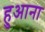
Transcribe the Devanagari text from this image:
हुआना